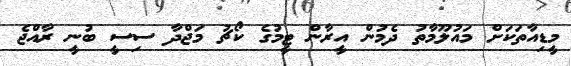
މީޑިއާތަކަށް މައުލޫމާތު ދެމުން އީރާން ޓީމުގެ ކޯޗު މަޖްދާ ސިސީ ބުނީ ރާއްޖެ